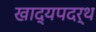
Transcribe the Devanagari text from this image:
खाद्यपदर्थ